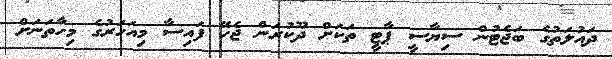
ދައުލަތުގެ ބަޖެޓުން ސިޔާސީ ޕާޓީ ތަކަށް ދޫކުރަން ޖެހޭ ފައިސާ މިއަހަރުގެ މިހާތަނަށް